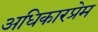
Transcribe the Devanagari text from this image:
अधिकारप्रेम